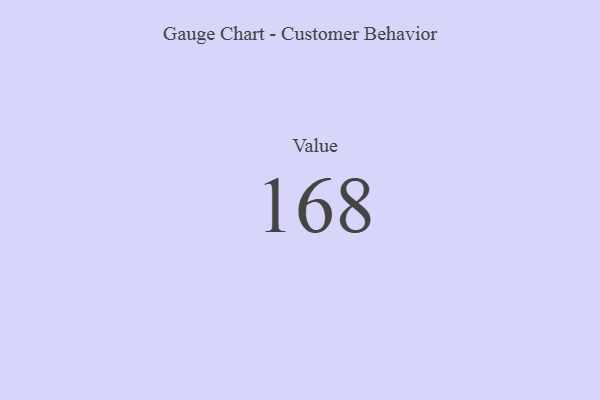
{"axis": {"x": "Metric", "y": "Value"}, "legend": [""], "data": [{"x": "Value", "y": 168, "type": ""}]}